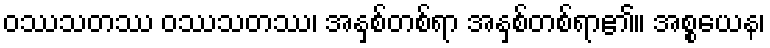
ဝဿသတဿ ဝဿသတဿ၊ အနှစ်တစ်ရာ အနှစ်တစ်ရာ၏။ အစ္စယေန၊